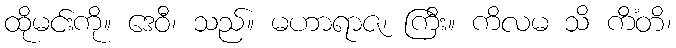
ထိုမင်းကို။ ဒေဝီ၊ သည်။ မဟာရာဇ၊ ကြီး။ ကိလမ သိ ကိံတိ၊